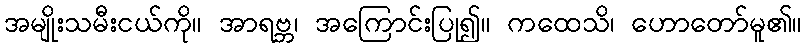
အမျိုးသမီးငယ်ကို။ အာရဗ္ဘ၊ အကြောင်းပြု၍။ ကထေသိ၊ ဟောတော်မူ၏။